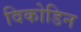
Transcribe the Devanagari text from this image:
विकोडिन